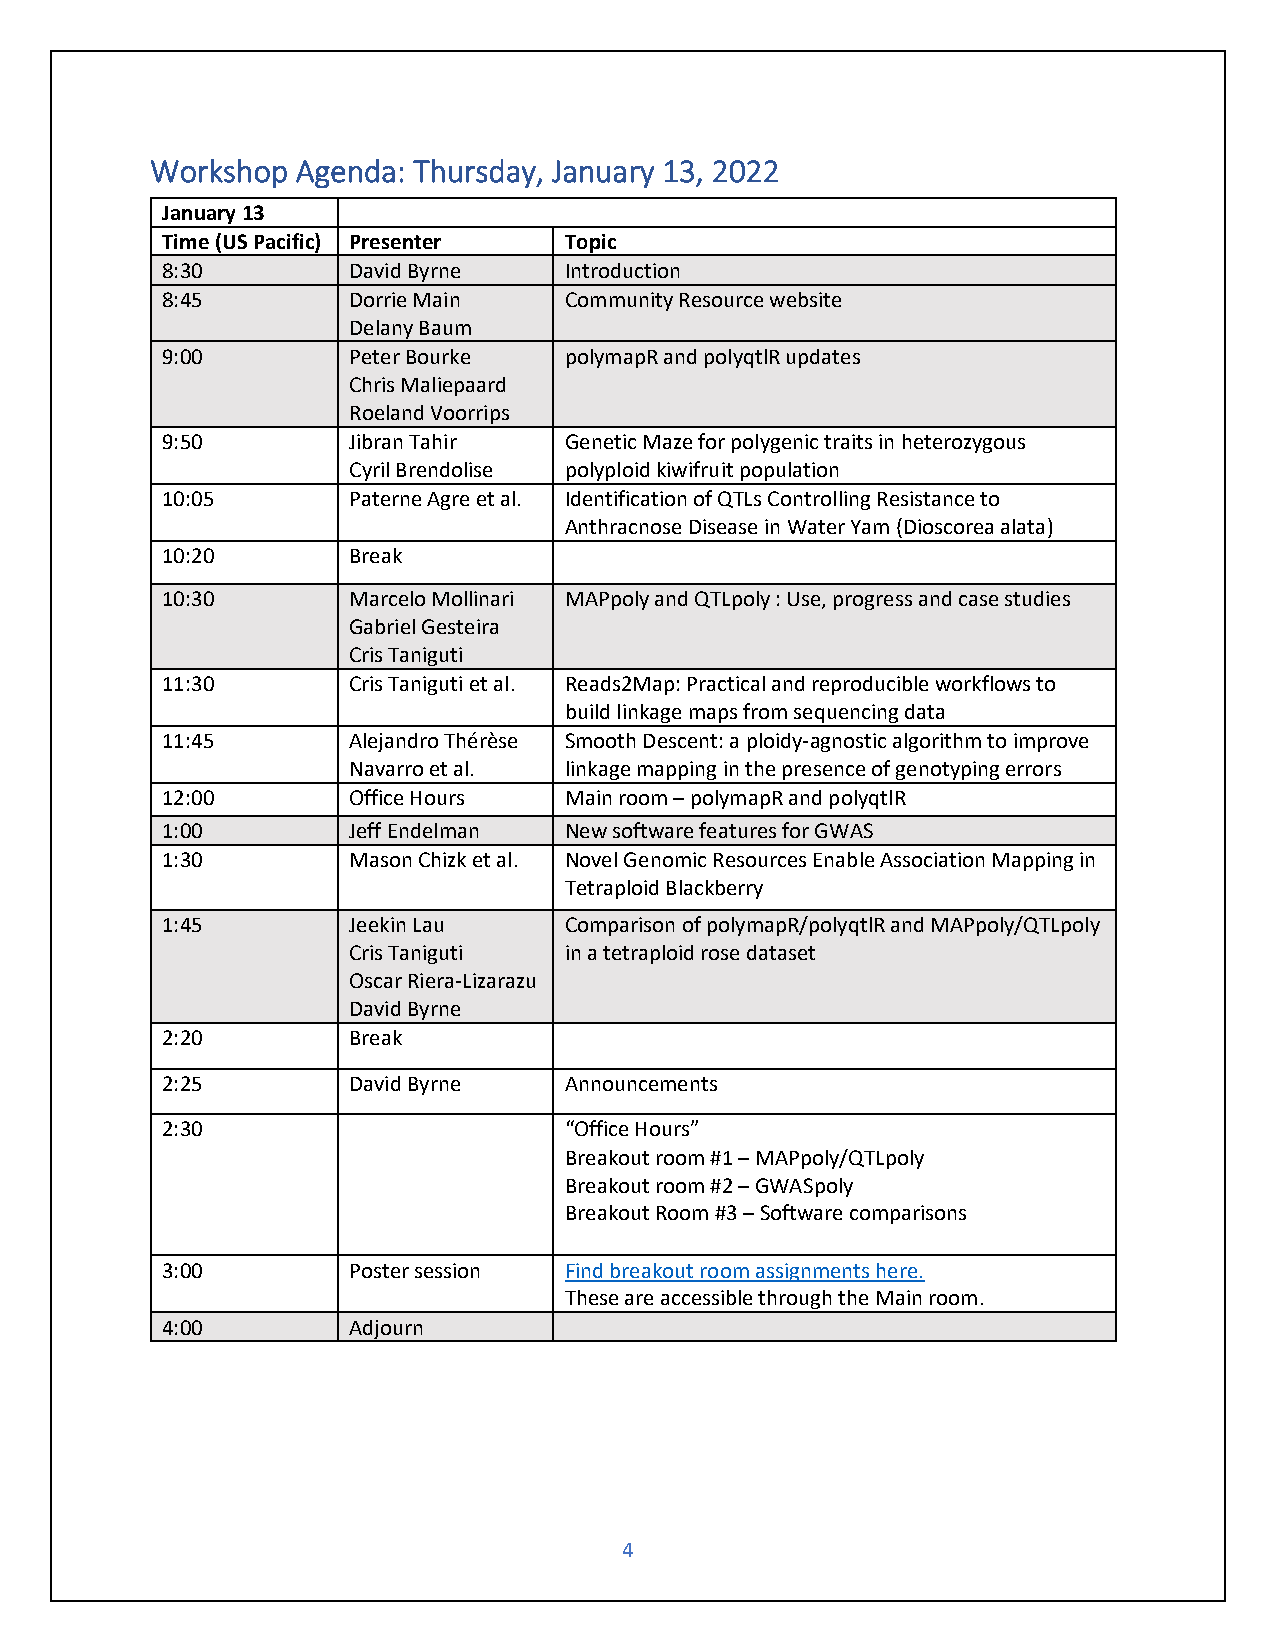
Workshop  Agenda: Thursday, January 13, 2022
 January 13
 Time (US Pacific) Presenter Topic
 8:30        David Byrne   Introduction
 8:45        Dorrie Main   Community Resource website
 Delany Baum
 9:00        Peter Bourke  polymapR and polyqtlR updates
 Chris Maliepaard
 Roeland Voorrips
 9:50        Jibran Tahir  Genetic Maze for polygenic traits in heterozygous
 Cyril Brendolise polyploid kiwifruit population
 10:05       Paterne Agre et al. Identification of QTLs Controlling Resistance to
 Anthracnose Disease in Water Yam (Dioscorea alata)
 10:20       Break
 10:30       Marcelo Mollinari MAPpoly and QTLpoly : Use, progress and case studies
 Gabriel Gesteira
 Cris Taniguti
 11:30       Cris Taniguti et al. Reads2Map: Practical and reproducible workflows to
 build linkage maps from sequencing data
 11:45       Alejandro Thérèse Smooth Descent: a ploidy-agnostic algorithm to improve
 Navarro et al. linkage mapping in the presence of genotyping errors
 12:00       Office Hours  Main room – polymapR and polyqtlR
 1:00        Jeff Endelman New software features for GWAS
 1:30        Mason Chizk et al. Novel Genomic Resources Enable Association Mapping in
 Tetraploid Blackberry
 1:45        Jeekin Lau    Comparison of polymapR/polyqtlR and MAPpoly/QTLpoly
 Cris Taniguti in a tetraploid rose dataset
 Oscar Riera-Lizarazu
 David Byrne
 2:20        Break
 2:25        David Byrne   Announcements
 2:30                      “Office Hours”
 Breakout room #1 – MAPpoly/QTLpoly
 Breakout room #2 – GWASpoly
 Breakout Room #3 – Software comparisons
 3:00        Poster session Find breakout room assignments here.
 These are accessible through the Main room.
 4:00        Adjourn
 4